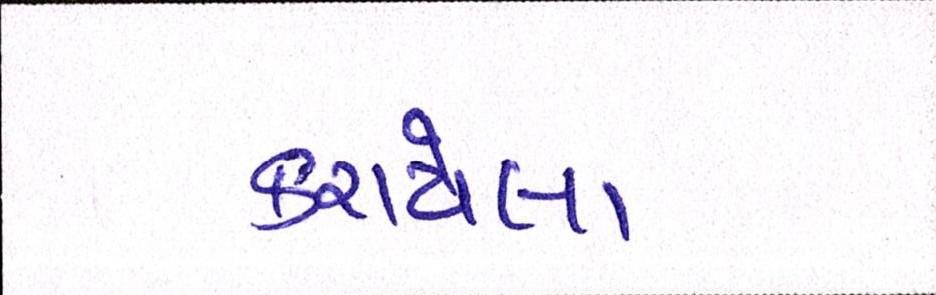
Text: કરાયેલા